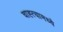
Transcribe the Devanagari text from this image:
चाह्त्यामध्ये